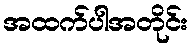
အထက်ပါအတိုင်း